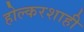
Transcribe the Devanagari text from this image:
होल्करशाही